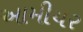
આમીયર